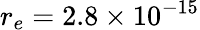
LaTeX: r_{e}=2.8\times 10^{-15}